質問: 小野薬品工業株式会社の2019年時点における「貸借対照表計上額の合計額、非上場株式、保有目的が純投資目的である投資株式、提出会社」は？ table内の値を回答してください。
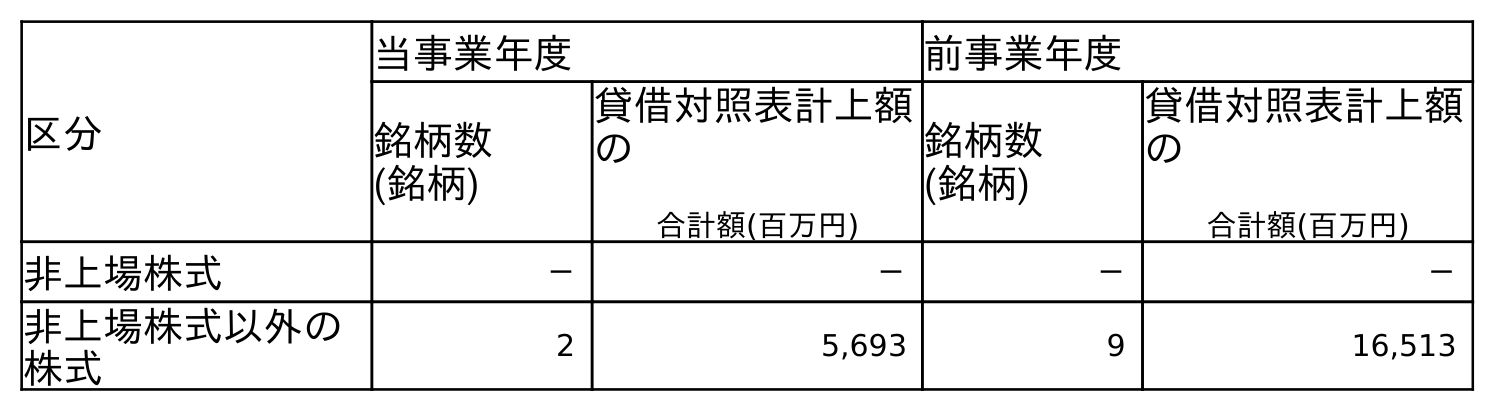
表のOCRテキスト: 区分 当事業年度 前事業年度 銘柄数 (銘柄) 貸借対照表計上額 の 合計額(百万円) 銘柄数 (銘柄) 貸借対照表計上額 の 合計額(百万円) 非上場株式 － － － － 非上場株式以外の 株式 2 5,693 9 16,513
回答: －